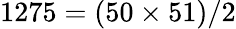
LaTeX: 1275=(50\times 51)/2